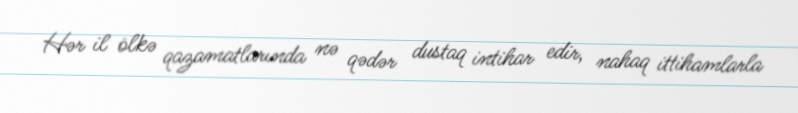
Hər il ölkə qazamatlarında nə qədər dustaq intihar edir, nahaq ittihamlarla